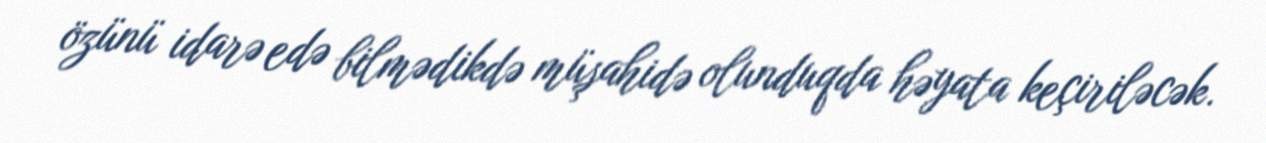
özünü idarə edə bilmədikdə müşahidə olunduqda həyata keçiriləcək.